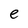
Character: e